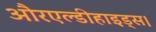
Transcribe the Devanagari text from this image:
औरएल्डीहाइड्स।